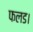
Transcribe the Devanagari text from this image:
फलड।